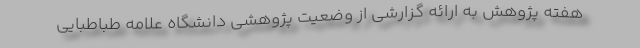
هفته پژوهش به ارائه گزارشی از وضعیت پژوهشی دانشگاه علامه طباطبایی